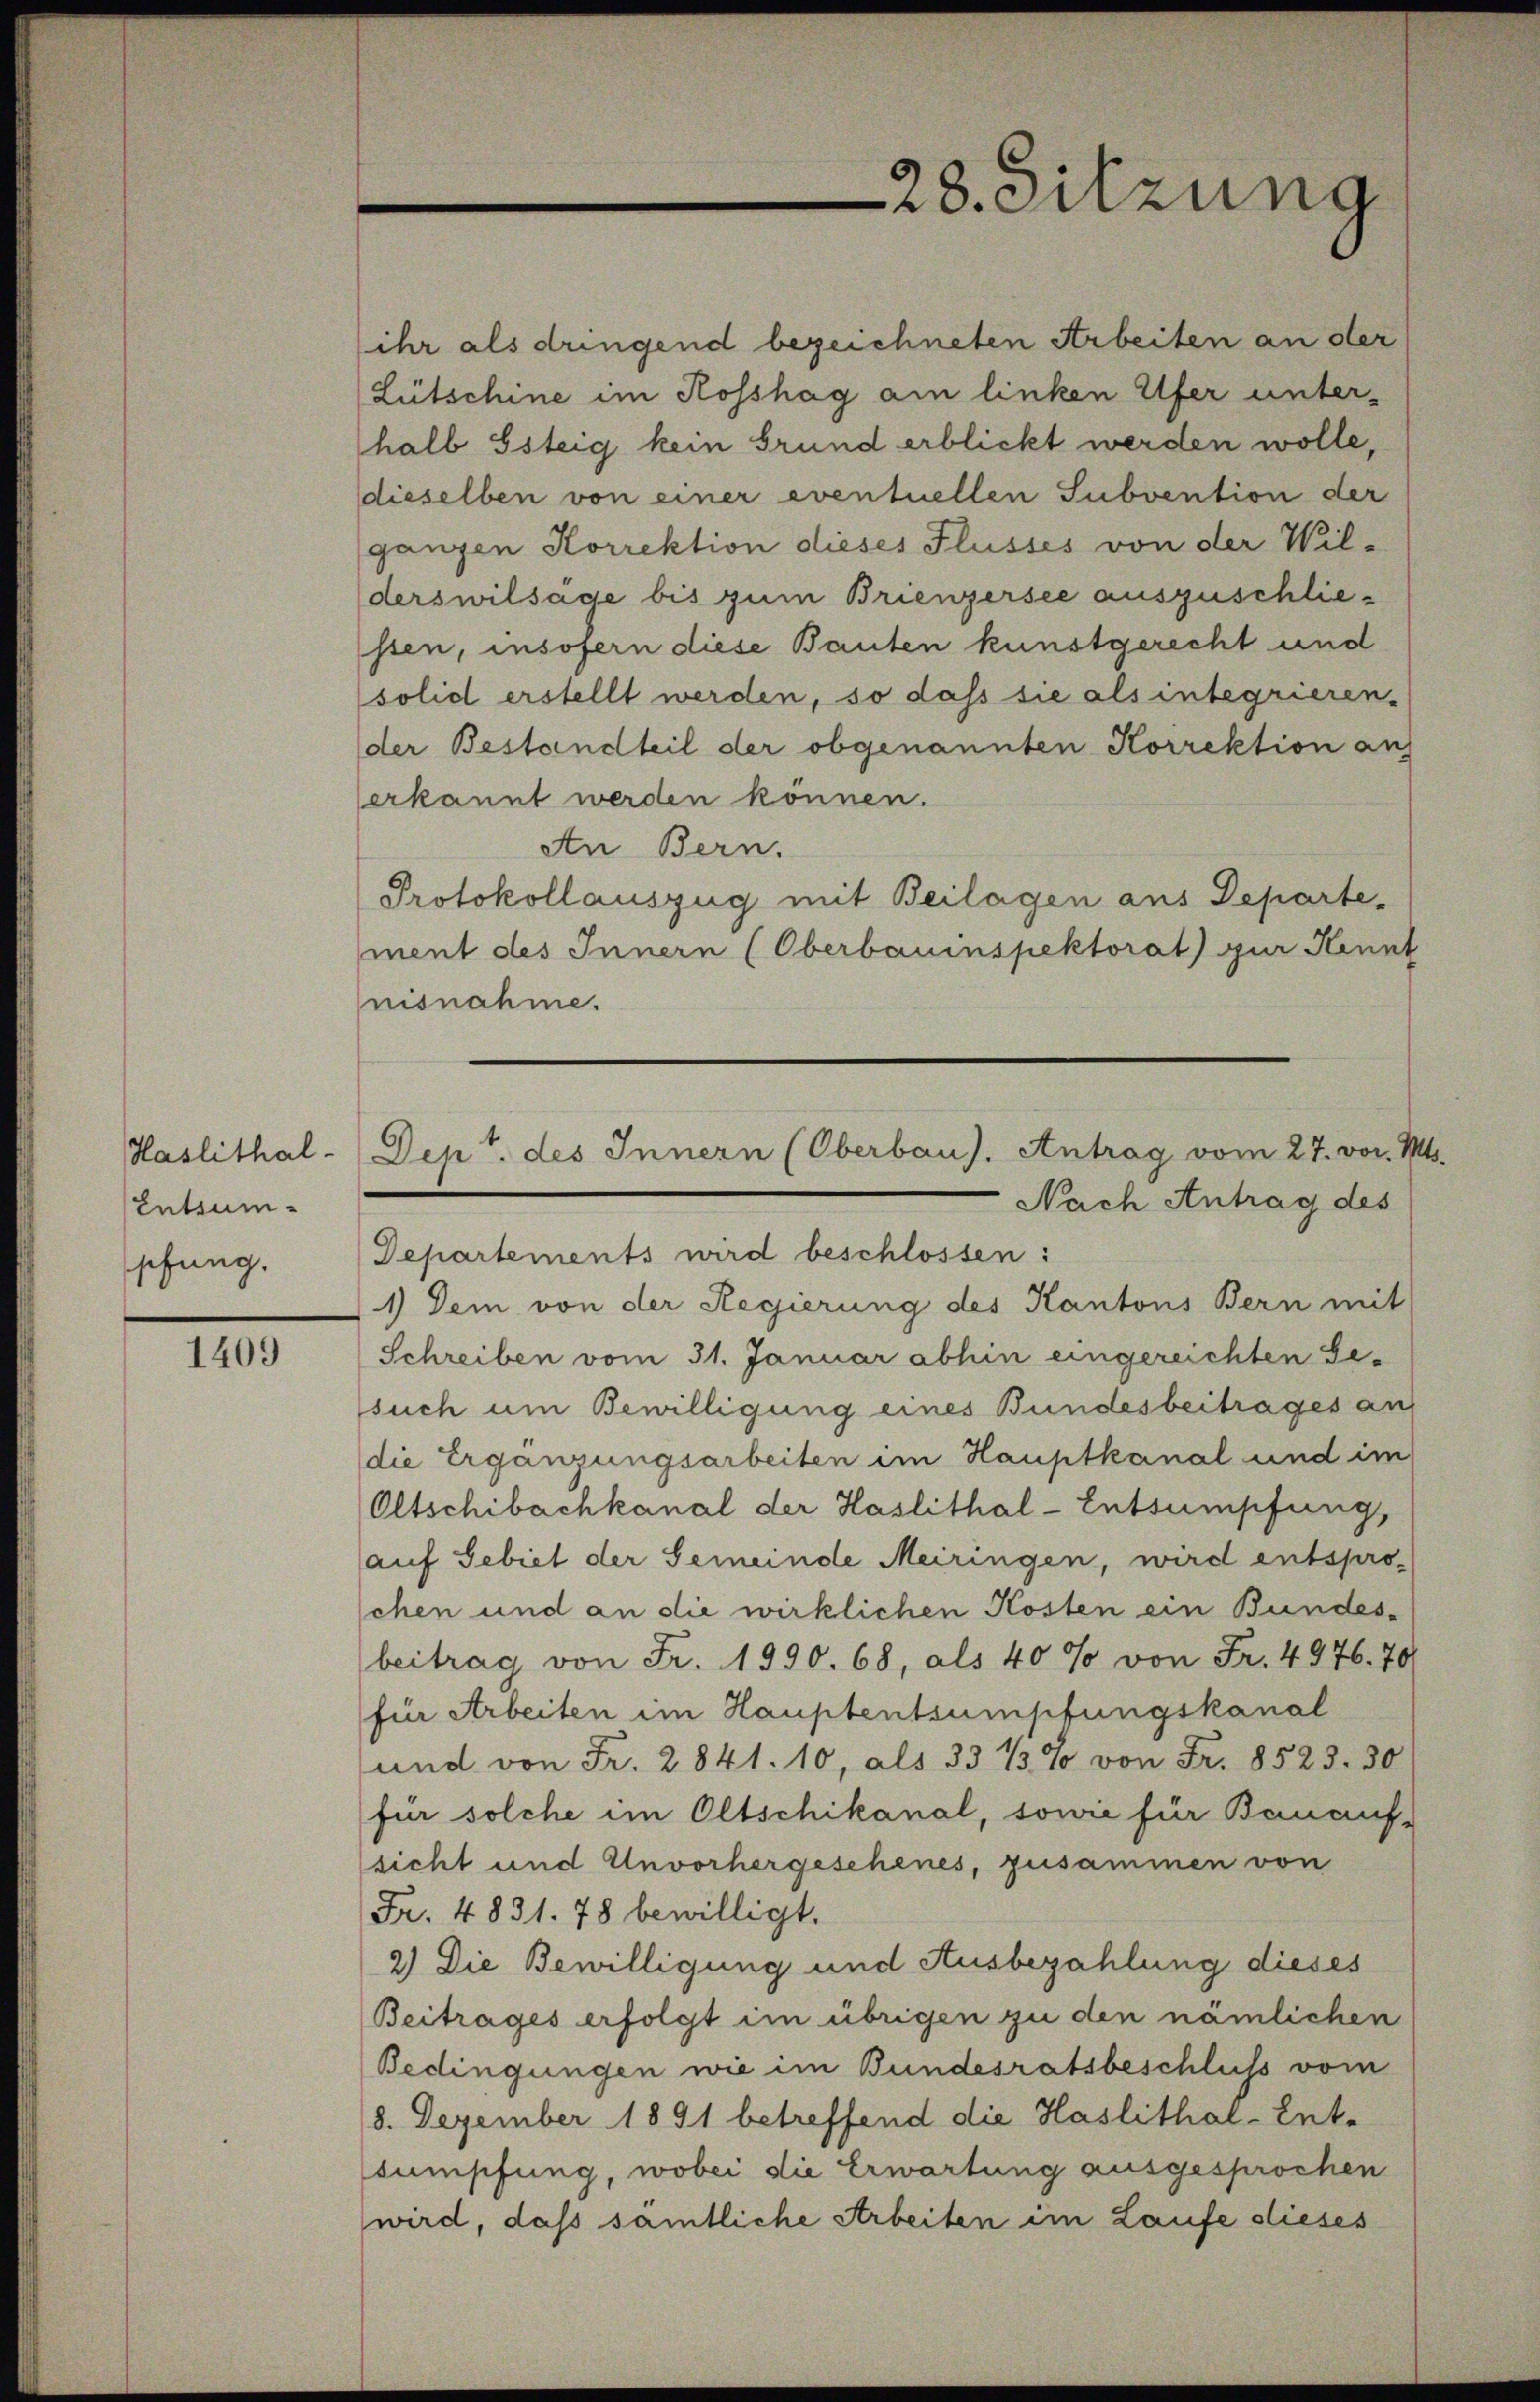
Haslithal-
Entsumschung.

1409

ihr als dringend bezeichneten Arbeiten an ster
Lütschine im Rosshag am linken Ufer unter-
halb steig kein Grund erblickt werden wolle,
dieselben von einer eventuellen Subvention der
ganzen Korrektion dieses Flusses von der Wil-
derswilsage bis zum Brienzersee auszuschliessen, insofern diese Bauten kunstgerecht und
solid erstellt werden, so dass sie als integrieren.
der Bestandteil der obgenannten Korrektion an
erkannt werden können.
An Bern.
Protokollauszug mit Beilagen aus Departe-
ment des Innern (Oberbauinspektorat) zur Kennt
nisnahme.

28. Sitzung

Dept. des Innern (Oberbau. Antrag vom 27. vor. Mts.

Nach Antrag des
Departements wird beschlossen:
1) Dem von der Regierung des Kantons Bern mit
Schreiben vom 31. Januar abhin eingereichten Ge-
such um Bewilligung eines Bundesbeitrages an
die Ergänzungsarbeiten im Hauptkanal und im
Oltschibachkanal der Haslithal-Entsumpfung,
auf Gebiet der Gemeinde Meiringen, wird entspro-
chen und an die wirklichen Kosten ein Bundes-
beitrag von Fr. 1990. 68, als 40% von Fr. 4976. 70
für Arbeiten im Hauptentsumpfungskanal
und von Fr. 2841. 10, als 33 1/3% von Fr. 8523. 30
für solche in Oltschikanal, sowie für Benauf-
sicht und Unvorhergeschenes, zusammen von
Fr. 4831. 78 bewilligt.
2) Die Bewilligung und Ausbezahlung dieses
Beitrages erfolgt im übrigen zu den nämlichen
Bedingungen wie im Bundesratsbeschluß vom
8. Dezember 1891 betreffend die Haslithal-Entsumpfung, wobei die Erwartung ausgesprochen
wird, daß sämtliche Arbeiten im Laufe dieses